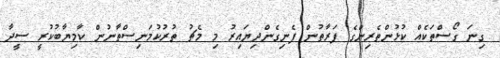
ގިނަ ގޯސްތަކެއް ކުޅުންތެރިންގެ ފަރާތުން ފެނިގެންދިޔައިރު މި މެޗު ތުރުކުމަނިސްތާނުން ކާމިޔާބުކުރީ ސީދާ